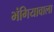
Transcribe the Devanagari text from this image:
भंगियावाला